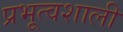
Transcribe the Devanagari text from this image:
प्रभूत्वशाली